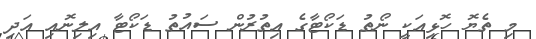
މި ތެޔޮ ހޮޅިއަކީ ނޯތު ޑަކޯޓާގެ އިތުރުން ސައުތު ޑަކޯޓާ އިލިނޮއި އަދި